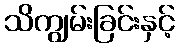
သိကျွမ်းခြင်းနှင့်